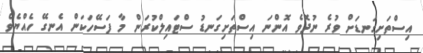
އިސްތަށިގަނޑަށް ވުރެ ނުދޮވެ އޮންނަ އިސްތަށިގަނޑު ސްޓައިލްކުރަން މާ ފަސޭހަކަން އެނގޭ ހެއްޔެވެ